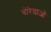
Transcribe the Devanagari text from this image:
वोरेडाओं